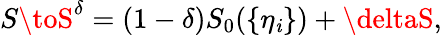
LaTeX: S\toS^{\delta}=(1-\delta)S_{0}(\{ \eta_{\mathit{i}}\} )+\deltaS,